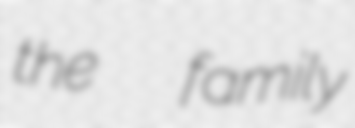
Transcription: the  family